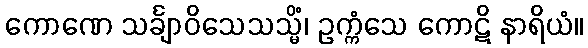
ကောဏေ သင်္ချာဝိသေသသ္မိံ၊ ဥက္ကံသေ ကောဋိ နာရိယံ။